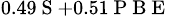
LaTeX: _{0.49\mathrm{~S~}+0.51\mathrm{~P~B~E~}}